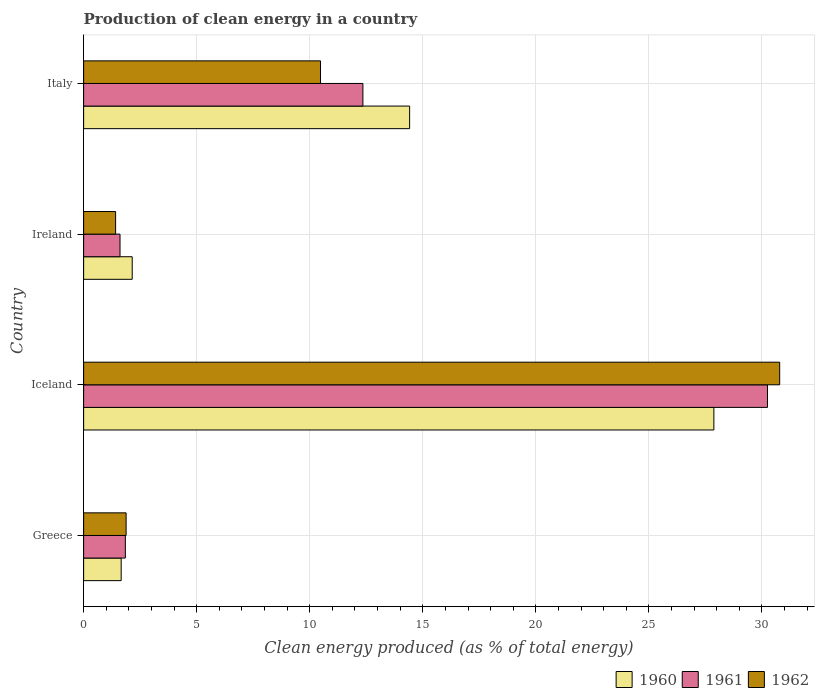
| Country | 1960 | 1961 | 1962 |
 | --- | --- | --- | --- |
 | Greece | 1.66 | 1.84 | 1.88 |
 | Iceland | 27.9 | 30.2 | 30.8 |
 | Ireland | 2.15 | 1.61 | 1.41 |
 | Italy | 14.4 | 12.4 | 10.5 |